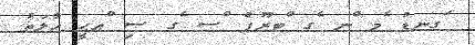
ަގނޑު ެމ ްނ ެގ ްޓރޫޕް ްސ ެގ ޞި ްއޙީ ހާލަތު